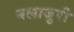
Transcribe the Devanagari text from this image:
बलाजुरी